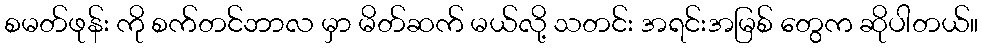
စမတ်ဖုန်း ကို စက်တင်ဘာလ မှာ မိတ်ဆက် မယ်လို့ သတင်း အရင်းအမြစ် တွေက ဆိုပါတယ်။